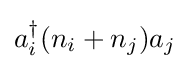
a_{i}^{\dagger }(n_{i}+n_{j})a_{j}